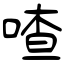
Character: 喳